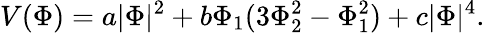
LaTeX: V(\Phi)=a|\Phi|^{2}+b\Phi_{1}(3\Phi_{2}^{2}-\Phi_{1}^{2})+c|\Phi|^{4}.